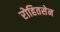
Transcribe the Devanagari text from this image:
रोहितसेन